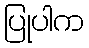
ပြုပါက